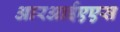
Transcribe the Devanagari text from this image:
आरआईएएस